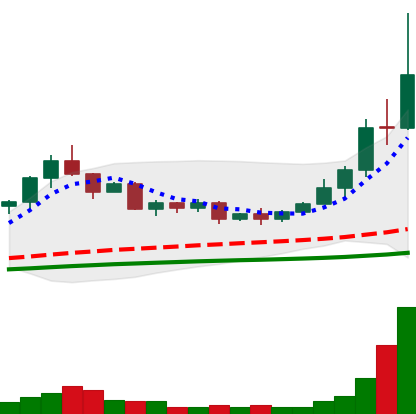
Ticker: TRX-USD
Chart end date: 2020-09-03
Forward return: -15.03%
Label: down_7plus